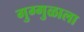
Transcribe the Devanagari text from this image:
गुग्गुळाला